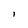
Character: l